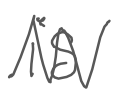
Text: is
Cross-out: zig-zag
Writing tool: digital_gray